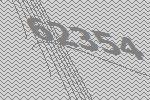
62354